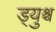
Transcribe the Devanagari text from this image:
ड्युश्च